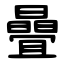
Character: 曡